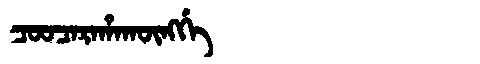
Manchu: ᠴᠣᠣᠴᠠᡵᠠᡥᠠᡴᡡᠩᡤᡝ
Romanization: COOCARAHAKŪNGGE